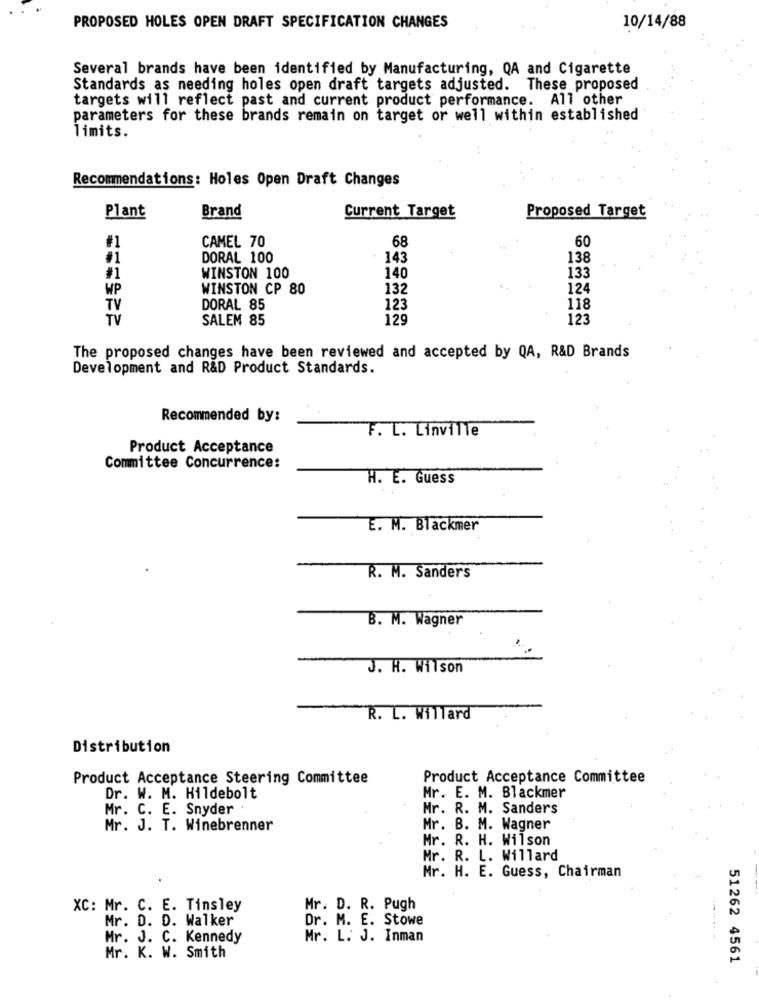
PROPOSED HOLES OPEN DRAFT SPECIFICATION CHANGES
10/14/88
Several brands have been identified by Manufacturing, QA and Cigarette
Standards as needing holes open draft targets adjusted.
These proposed
targets will reflect past and current product performance. All other
parameters for these brands remain on target or well within established
limits.
Recommendations: Holes Open Draft Changes
Current Target
Proposed Target
Plant
Brand
CAMEL 70
68
60
DORAL 100
143
138
#1
WINSTON 100
140
133
WP
WINSTON CP 80
132
..
124
TV
DORAL 85
123
118
TV
SALEM 85
129
123
The proposed changes have been reviewed and accepted by QA, R&D Brands
Development and R&D Product Standards.
Recommended by:
F. L. Linville
Product Acceptance
Committee Concurrence:
H. E. Guess
E. M. Blackmer
R. M. Sanders
B. M. Wagner
J. H. Wilson
R. L. Willard
Distribution
Product Acceptance Steering Committee
Product Acceptance Committee
Dr. W. M. Hildebolt
Mr. E. M. Blackmer
Mr. C. E. Snyder
Mr. R. M. Sanders
Mr. J. T. Winebrenner
Mr. B. M. Wagner
Mr. R. H. Wilson
Mr. R. L. Willard
Mr. H. E. Guess, Chairman
XC: Mr. C. E. Tinsley
Mr. D. R. Pugh
Mr. D. D. Walker
Dr. M. E. Stowe
Mr. J. C. Kennedy
Mr. L. J. Inman
Mr. K. W. Smith
51262 4561